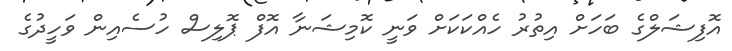
އޮފިޝަލްގެ ބަހަށް އިތުރު ހެއްކަކަށް ވަނީ ކޮމިޝަނާ އޮފް ޕޮލިސް ހުސެއިން ވަހީދުގެ